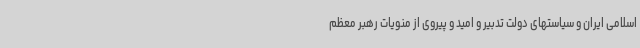
اسلامی ایران و سیاستهای دولت تدبیر و امید و پیروی از منویات رهبر معظم